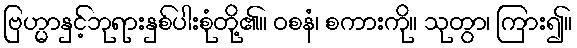
ဗြဟ္မာနှင့်ဘုရားနှစ်ပါးစုံတို့၏။ ဝစနံ၊ စကားကို။ သုတွာ၊ ကြား၍။